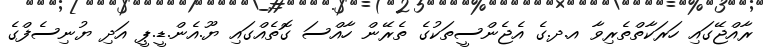
ރާއްޖޭގައި ހަރަކާތްތެރިވާ އ.ދ.ގެ އެޖެންސީތަކުގެ ތެރޭން ހާއްސަ ގޮތެއްގައި ޔޫ.އެން.ޑީ.ޕީ އަދި ޔުނިސެފްގެ